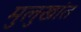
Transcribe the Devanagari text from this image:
मुलुखांत